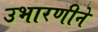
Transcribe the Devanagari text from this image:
उभारणीने